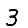
Digit: 3